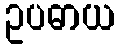
ဥပဓာယ